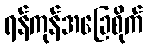
ရန်ကုန်အခြေစိုက်